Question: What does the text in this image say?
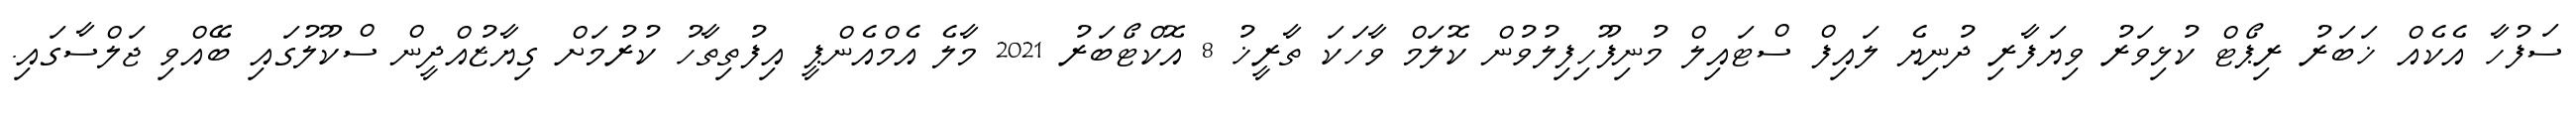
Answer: ސަފުހާ އެކެއް ޚަބަރު ރިޕޯޓް ކުޅިވަރު ވިޔަފާރި ދުނިޔެ ލައިފް ސްޓައިލް މުނިފޫހިފިލުވުން ކޮލަމް ވާހަކަ ތާރީޚު 8 އޮކްޓޯބަރު 2021 މާލެ އެމްއެންޕީ އިފުތިތާހު ކުރުމަށް ގިޔާޒުއްދީން ސްކޫލުގައި ބޭއްވި ޖަލްސާގައި.